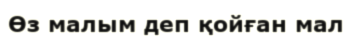
Өз малым деп қойған мал